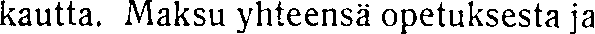
kautta. Maksu yhteensä opetuksesta ja